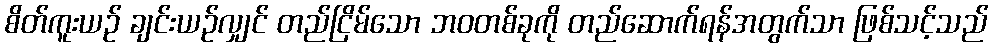
စိတ်ကူးယဉ် ချင်းယဉ်လျှင် တည်ငြိမ်သော ဘဝတစ်ခုကို တည်ဆောက်ရန်အတွက်သာ ဖြစ်သင့်သည်